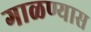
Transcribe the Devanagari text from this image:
गाळण्यास